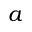
a